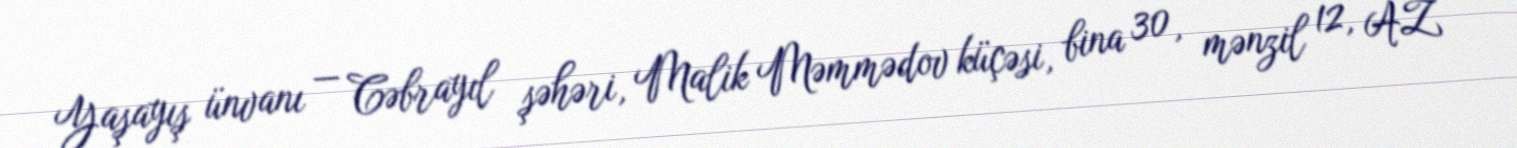
Yaşayış ünvanı — Cəbrayıl şəhəri, Malik Məmmədov küçəsi, bina 30, mənzil 12, AZ